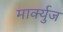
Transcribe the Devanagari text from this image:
मार्क्युज